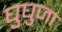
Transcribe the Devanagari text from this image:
घुघुजा